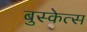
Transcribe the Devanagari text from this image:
बुस्केत्स